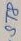
Text: ST8